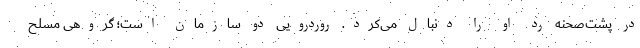
در پشت‌صحنه رد او را دنبال می‌کرد. روردرویی دو سازمان است؛ گروهی مسلح